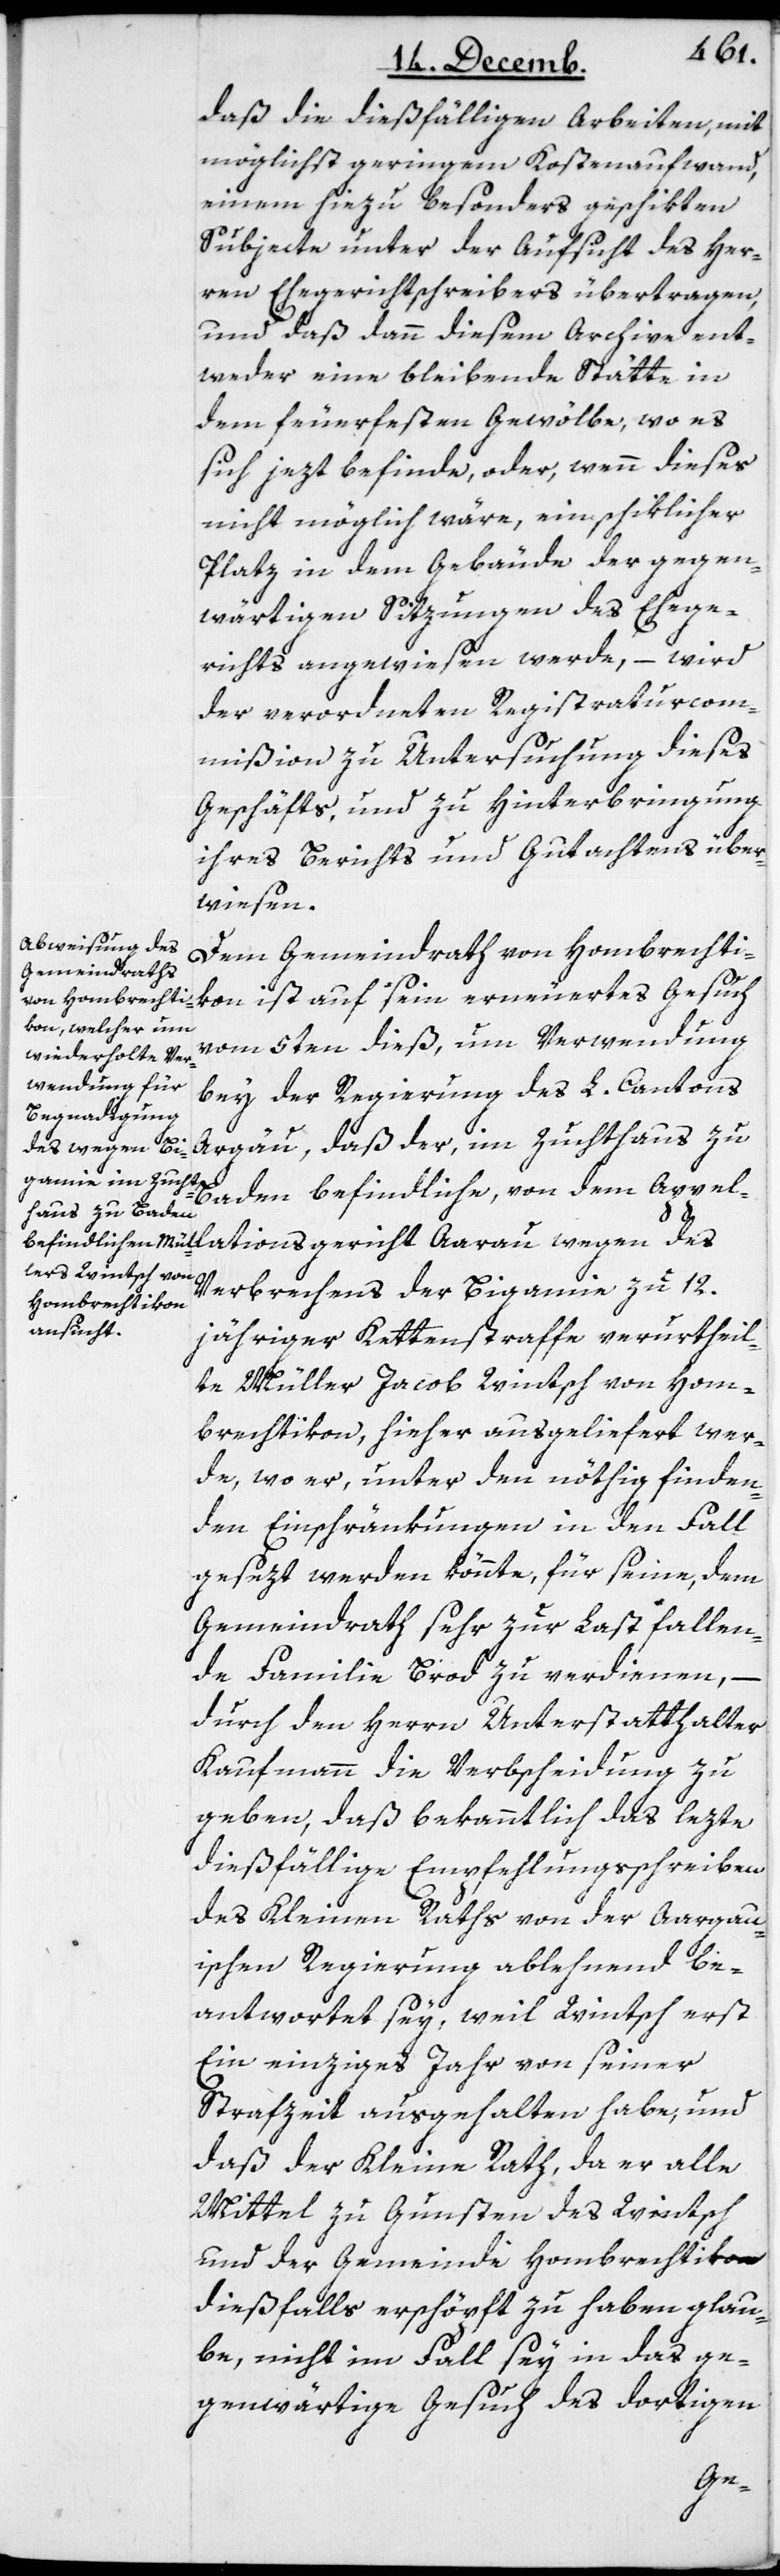
lati¬
daß die dießfälligen Arbeiten, mit
möglichst geringem Kostenaufwand,
einem hiezu besonders geschikten
Subjecte unter der Aufsicht des Her¬
ren Ehegerichtschreibers übertragen,
und daß dann diesem Archive ent¬
weder eine bleibende Stätte in
dem feuerfesten Gewölbe, wo es
sich jezt befinde, oder, wenn dieses
nicht möglich wäre, ein schiklicher
Platz in dem Gebäude der gegen¬
wärtigen Sitzungen des Ehege¬
richts angewiesen werde, – wird
der verordneten Registraturcom¬
mißion zu Untersuchung dieses
Geschäfts, und zu Hinterbringung
ihres Berichts und Gutachtens über¬
wiesen.
Dem Gemeindrath von Hombrechti¬
kon ist auf sein erneuertes Gesuch
vom 5ten dieß, um Verwendung
bey der Regierung des L. Cantons
Argäu, daß der, im Zuchthaus zu
Baden befindliche, von dem Appel¬
Verbrechens der Bigamie zu 12.
onsgericht
jähriger Kettenstraffe verurtheil¬
te Müller Jacob Wintsch von Hom¬
brechtikon, hieher ausgeliefert wer¬
de, wo er, unter den nöthig finden¬
den Einschränkungen in den Fall
gesezt werden könnte, für seine, dem
Gemeindrath sehr zur Last fallen¬
de Familie Brod zu verdienen, –
durch den Herrn Unterstatthalter
Kaufmann die Verbscheidung zu
geben, daß bekanntlich das lezte
dießfällige Empfehlungsschreiben
des Kleinen Raths von der Aargau¬
ischen Regierung ablehnend be¬
antwortet sey, weil Wintsch erst
ein einziges Jahr von seiner
Strafzeit ausgehalten habe, und
daß der Kleine Rath, da er alle
Mittel zu Gunsten des Wintsch
und der Gemeinde Hombrechtikon
dießfalls erschöpft zu haben glau¬
be, nicht im Fall sey, in das ge¬
genwärtige Gesuch des dortigen